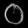
Digit: ၀